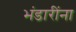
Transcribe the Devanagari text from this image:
भंडारींना